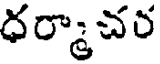
ధర్మాచర